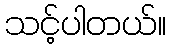
သင့်ပါတယ်။